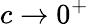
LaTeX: c\to 0^{+}